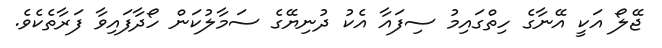
ޖޭލޯ އަކީ އޭނާގެ ހިތްގައިމު ސިފައާ އެކު ދުނިޔޭގެ ސަމާލުކަން ހޯދާފައިވާ ފަރާތެކެވެ.